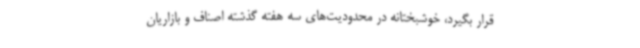
قرار بگیرد، خوشبختانه در محدودیت‌های سه هفته گذشته اصناف و بازاریان